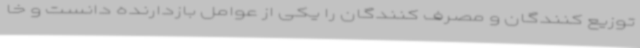
توزیع کنندگان و مصرف کنندگان را یکی از عوامل بازدارنده دانست و خا